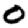
Digit: 0